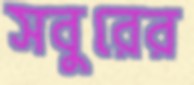
সবুরের